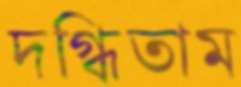
দগ্ধিতাম